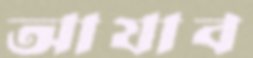
আযাব